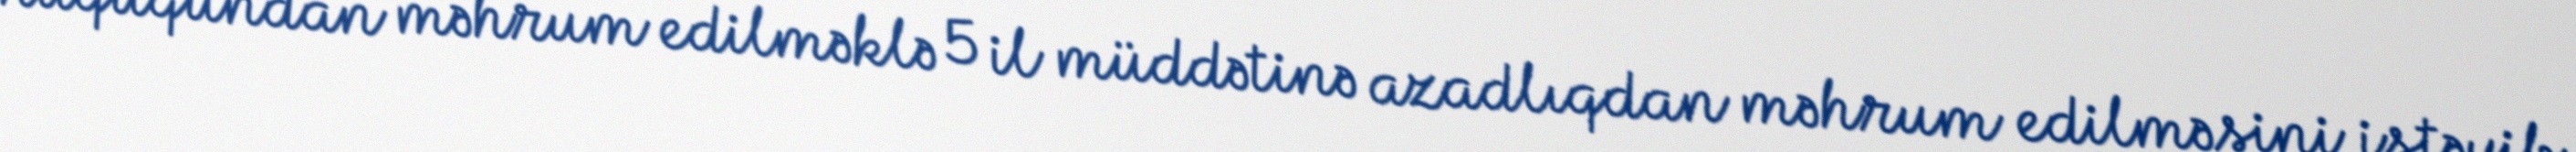
hüququndan məhrum edilməklə 5 il müddətinə azadlıqdan məhrum edilməsini istəyib.